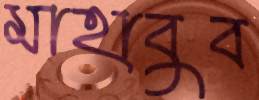
মাহাবুব